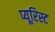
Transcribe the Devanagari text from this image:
प्यूरिस्ट